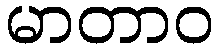
မာတာဝ